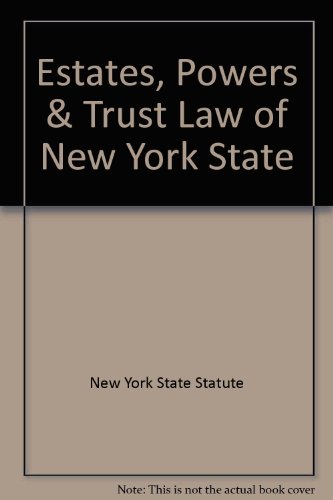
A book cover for Estates, Powers & Trusts Law  ``N.Y.S. Certified''; New York State Statute; Law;